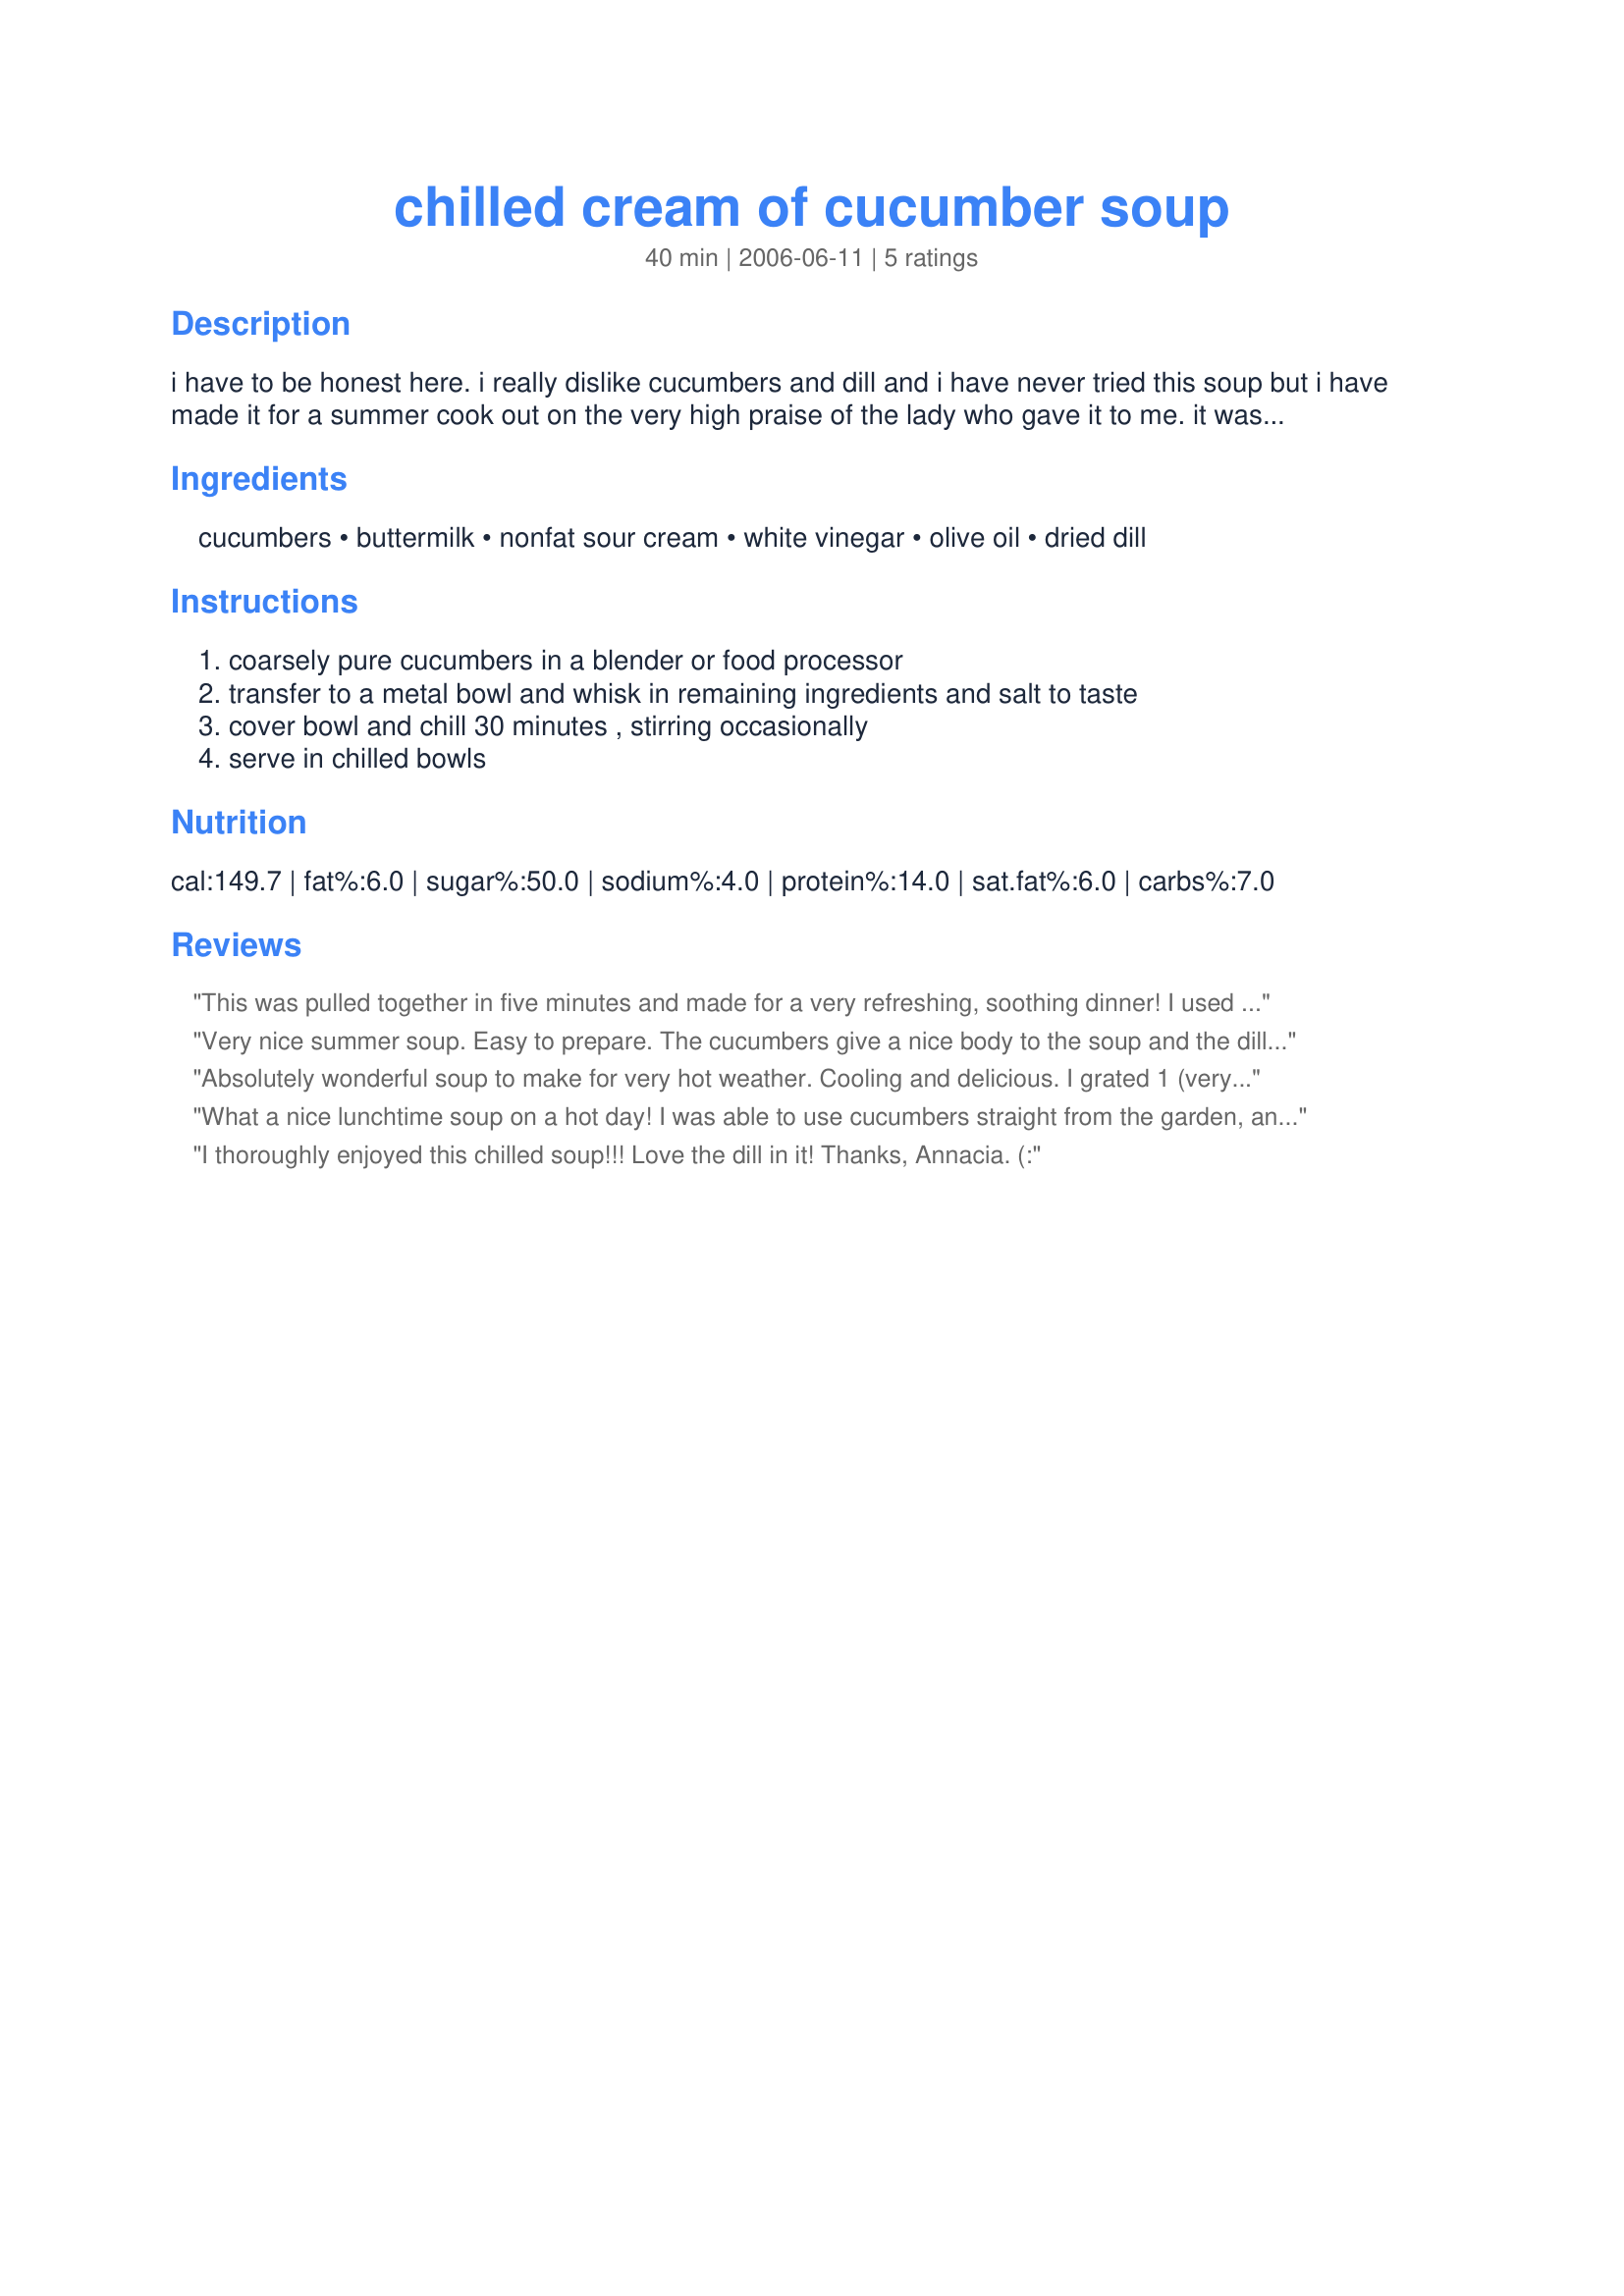
chilled cream of cucumber soup
Preparation time: 40 minutes

i have to be honest here. i really dislike cucumbers and dill and i have never tried this soup but i have made it for a summer cook out on the very high praise of the lady who gave it to me. it was well liked by my husband and the couple we had invited to dinner that night. i'm passing it along so that cuke fans might enjoy it. as written this is made for 2 but i doubled it it seemed to be fine. cook time is chill time.

Ingredients:
cucumbers, buttermilk, nonfat sour cream, white vinegar, olive oil, dried dill

Steps:
coarsely pure cucumbers in a blender or food processor, transfer to a metal bowl and whisk in remaining ingredients and salt to taste, cover bowl and chill 30 minutes , stirring occasionally, serve in chilled bowls

Reviews:
This was pulled together in five minutes and made for a very refreshing, soothing dinner! I used two varieties of cucumbers from the garden and fresh dill. I skipped peeling the cucumbers, too. Full fat Bulgarian buttermilk, Tillamook full fat sour cream, doubled the amount of olive oil and vinegar (white balsamic). Fresh dill from the garden as well! Everything was pureed in a blender. Thanks for posting! Reviewed for Ramadan Tag Summer 2009
Very nice summer soup. Easy to prepare. The cucumbers give a nice body to the soup and the dill and cucumber flavors blend nicely. Thanks for sharing!
Absolutely wonderful soup to make for very hot weather. Cooling and delicious. I grated 1 (very big) English cucumber on the large holes of my box grater, as I would for tzatziki, for a little texture. The buttermilk and dill do wonderful things to the cucumber.
What a nice lunchtime soup on a hot day! I was able to use cucumbers straight from the garden, and my own kefir and kefir sour cream instead of the buttermilk and sour cream. The vinegar added a nice tang - I used rice vinegar, as that was already on the counter. I used fresh dill and rather more than the recipe calls for - just pulled off a goodly clump of tender fronds. Very nice with boiled potatoes.
I thoroughly enjoyed this chilled soup!!! Love the dill in it! Thanks, Annacia. (:
